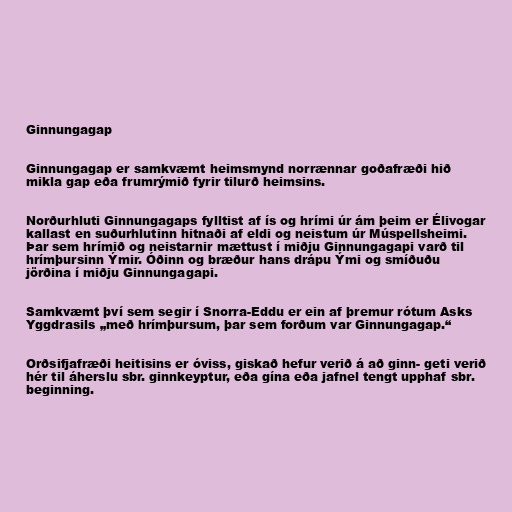
Ginnungagap

Ginnungagap er samkvæmt heimsmynd norrænnar goðafræði hið
mikla gap eða frumrýmið fyrir tilurð heimsins.

Norðurhluti Ginnungagaps fylltist af ís og hrími úr ám þeim er Élivogar
kallast en suðurhlutinn hitnaði af eldi og neistum úr Múspellsheimi.
Þar sem hrímið og neistarnir mættust í miðju Ginnungagapi varð til
hrímþursinn Ýmir. Óðinn og bræður hans drápu Ými og smíðuðu
jörðina í miðju Ginnungagapi.

Samkvæmt því sem segir í Snorra-Eddu er ein af þremur rótum Asks
Yggdrasils „með hrímþursum, þar sem forðum var Ginnungagap.“

Orðsifjafræði heitisins er óviss, giskað hefur verið á að ginn- geti verið
hér til áherslu sbr. ginnkeyptur, eða gína eða jafnel tengt upphaf sbr.
beginning.